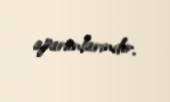
aparanlarındır.